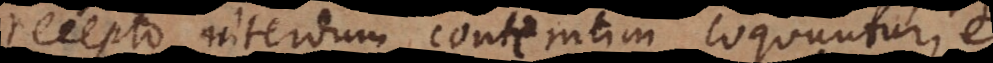
recepto interdum contemtim loquuntur,